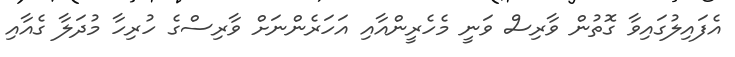
އެފައިލުގައިވާ ގޮތުން ވާރިސް ވަނީ މެހެރީންއާއި އަހަރެންނަށް ވާރިސްގެ ހުރިހާ މުދަލާ ގެއާއި